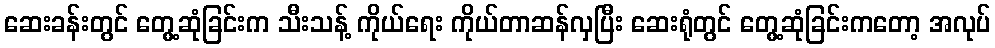
ဆေးခန်းတွင် တွေ့ဆုံခြင်းက သီးသန့် ကိုယ်ရေး ကိုယ်တာဆန်လှပြီး ဆေးရုံတွင် တွေ့ဆုံခြင်းကတော့ အလုပ်